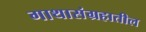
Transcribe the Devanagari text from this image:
गाथासंग्रहातील